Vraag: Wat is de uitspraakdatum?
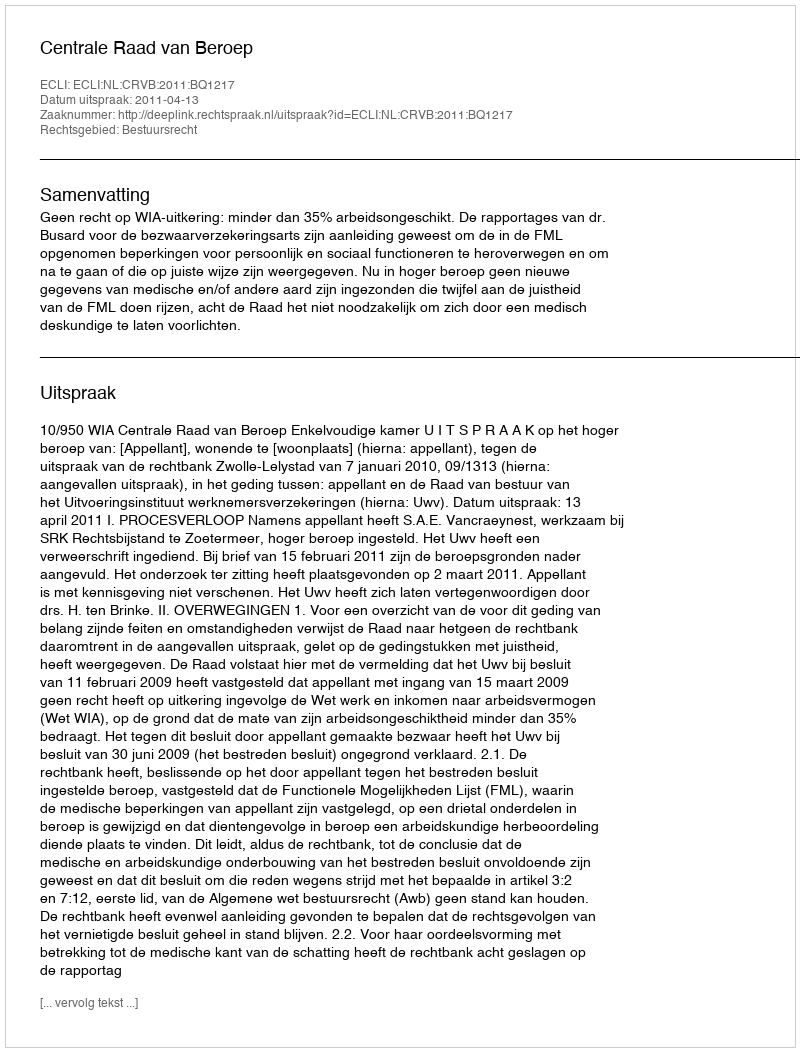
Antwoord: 2011-04-13